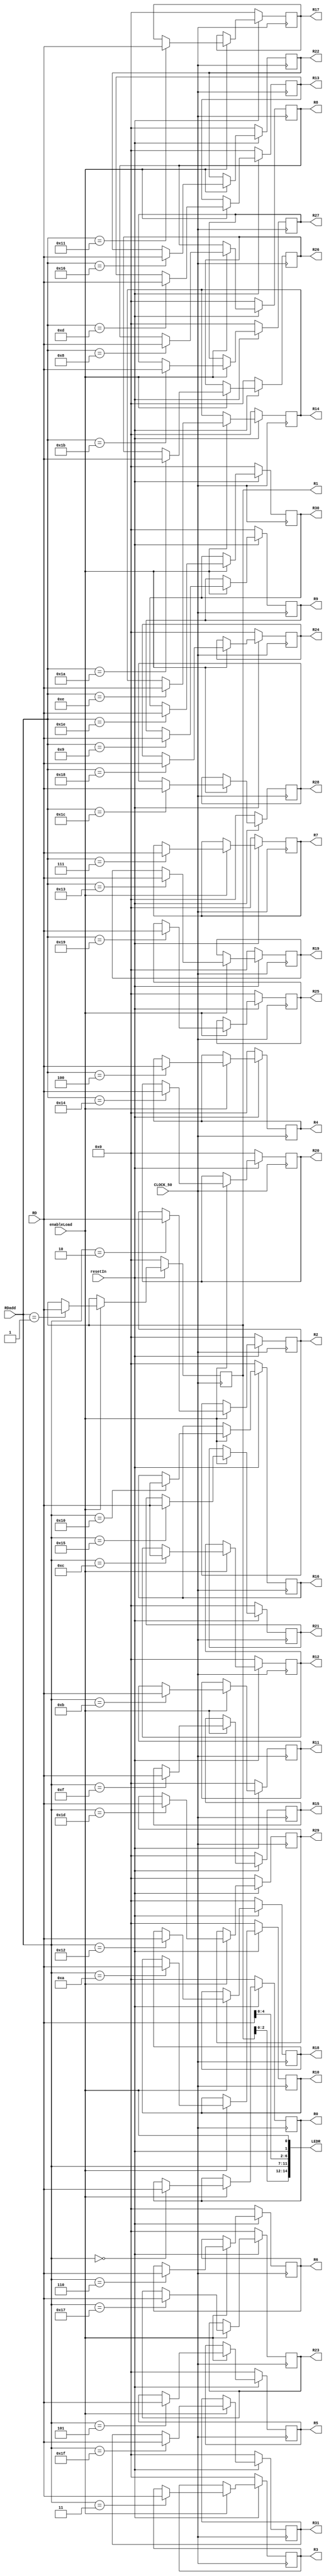
module RegisterDeclare(input [4:0]RDadd, 
							output reg [31:0]R0,
							output reg [31:0]R1,
							output reg [31:0]R2,
							output reg [31:0]R3,
							output reg [31:0]R4,
							output reg [31:0]R5,
							output reg [31:0]R6,
							output reg [31:0]R7,
							output reg [31:0]R8,
							output reg [31:0]R9,
							output reg [31:0]R10,
							output reg [31:0]R11,
							output reg [31:0]R12,
							output reg [31:0]R13,
							output reg [31:0]R14,
							output reg [31:0]R15,
							output reg [31:0]R16,
							output reg [31:0]R17,
							output reg [31:0]R18,
							output reg [31:0]R19,
							output reg [31:0]R20,
							output reg [31:0]R21,
							output reg [31:0]R22,
							output reg [31:0]R23,
							output reg [31:0]R24,
							output reg [31:0]R25,
							output reg [31:0]R26,
							output reg [31:0]R27,
							output reg [31:0]R28,
							output reg [31:0]R29,
							output reg [31:0]R30,
							output reg [31:0]R31,
							input [31:0]RD,input enableLoad,input CLOCK_50, input resetIn,output [14:0]LEDR);

	assign LEDR[0]=enableLoad;
	assign LEDR[1]=resetIn;
	assign LEDR[6:2]=RD;
	assign LEDR[11:7]=RDadd;
	assign LEDR[14:12]=R1;
	
 
	always@(posedge CLOCK_50)
	begin
		if(resetIn)
		begin
			if(enableLoad)
			begin
			case(RDadd)
				5'b00000: R0<=RD;
				5'b00001: R1<=RD;
				5'b00010: R2<=RD;
				5'b00011: R3<=RD;
				5'b00100: R4<=RD;
				5'b00101: R5<=RD;
				5'b00110: R6<=RD;
				5'b00111: R7<=RD;
				5'b01000: R8<=RD;
				5'b01001: R9<=RD;
				5'b01010: R10<=RD;
				5'b01011: R11<=RD;
				5'b01100: R12<=RD;
				5'b01101: R13<=RD;
				5'b01110: R14<=RD;
				5'b01111: R15<=RD;
				5'b10000: R16<=RD;
				5'b10001: R17<=RD;
				5'b10010: R18<=RD;
				5'b10011: R19<=RD;
				5'b10100: R20<=RD;
				5'b10101: R21<=RD;
				5'b10110: R22<=RD;
				5'b10111: R23<=RD;
				5'b11000: R24<=RD;
				5'b11001: R25<=RD;
				5'b11010: R26<=RD;
				5'b11011: R27<=RD;
				5'b11100: R28<=RD;
				5'b11101: R29<=RD;
				5'b11110: R30<=RD;
				5'b11111: R31<=RD;
		
			endcase
			end
		end
		else
		begin
		R0<=0;
		R1<=0;
		R2<=0;
		R3<=0;
		R4<=0;
		R5<=0;
		R6<=0;
		R7<=0;
		R8<=0;
		R9<=0;
		R10<=0;
		R11<=0;
		R12<=0;
		R13<=0;
		R14<=0;
		R15<=0;
		R16<=0;
		R17<=0;
		R18<=0;
		R19<=0;
		R20<=0;
		R21<=0;
		R22<=0;
		R23<=0;
		R24<=0;
		R25<=0;
		R26<=0;
		R27<=0;
		R28<=0;
		R29<=0;
		R30<=0;
		R31<=0;		
		end
		
	end
	

endmodule